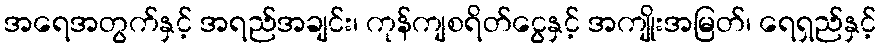
အရေအတွက်နှင့် အရည်အချင်း၊ ကုန်ကျစရိတ်ငွေနှင့် အကျိုးအမြတ်၊ ရေရှည်နှင့်